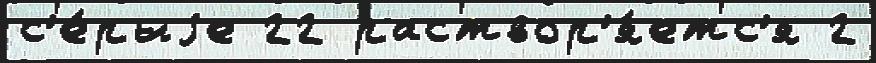
с'е́рыjе 22 раствор'я́етс'я 2